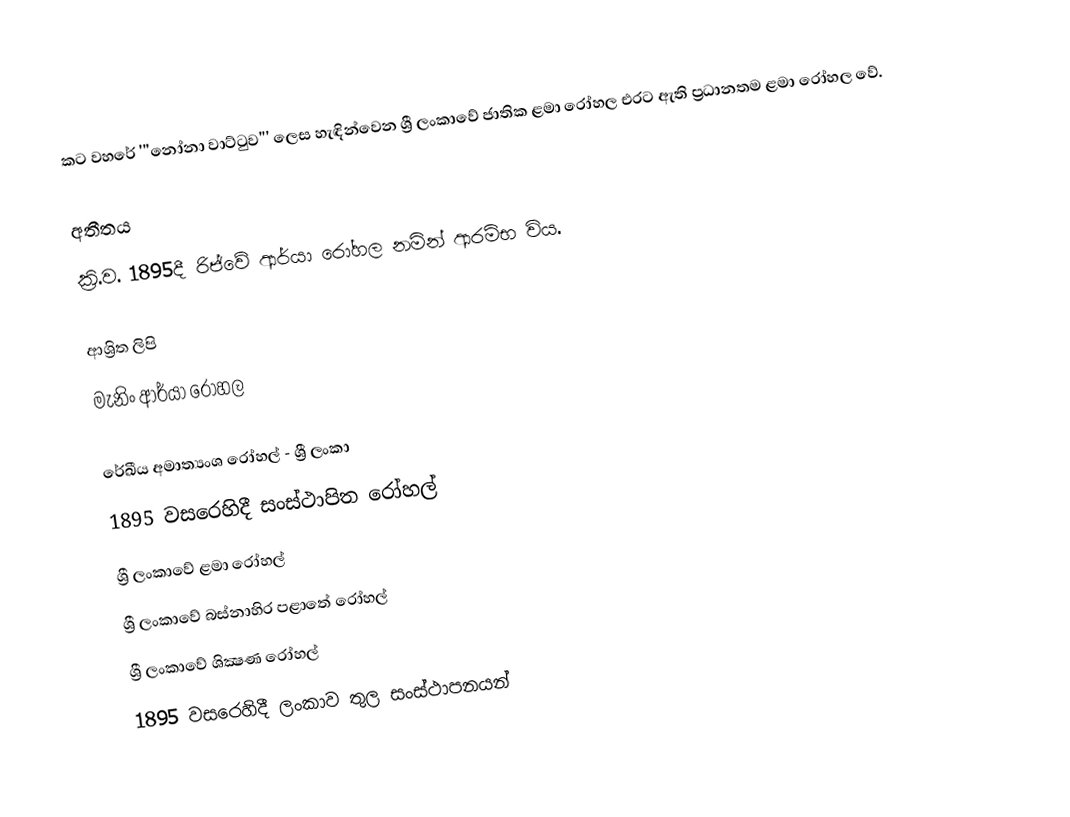
කට වහරේ '''නෝනා වාට්ටුව''' ලෙස හැඳින්වෙන ශ්‍රී ලංකාවේ ජාතික ළමා රෝහල එරට ඇති ප්‍රධානතම ළමා රෝහල වේ.

අතීතය
ක්‍රි.ව. 1895දී රිජ්වේ ආර්යා රෝහල නමින් ආරම්භ විය.

ආශ්‍රිත ලිපි
 මැනිං ආර්යා රෝහල

රේඛීය අමාත්‍යංශ රෝහල් - ශ්‍රී ලංකා
1895 වසරෙහිදී සංස්ථාපිත රෝහල්
ශ්‍රී ලංකාවේ ළමා රෝහල්
ශ්‍රී ලංකාවේ බස්නාහිර පළාතේ රෝහල්
ශ්‍රී ලංකාවේ ශික්‍ෂණ රෝහල්
1895 වසරෙහිදී ලංකාව තුල සංස්ථාපනයන්